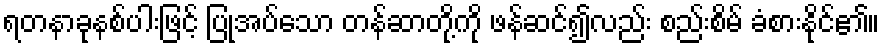
ရတနာခုနစ်ပါးဖြင့် ပြုအပ်သော တန်ဆာတို့ကို ဖန်ဆင်၍လည်း စည်းစိမ် ခံစားနိုင်၏။